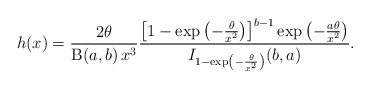
\begin{align*}h(x)= \frac{2\theta}{\operatorname{B}(a,b)\,x^3} \frac{\left[1-\exp\left(-\frac{\theta}{x^2}\right)\right]^{b-1}\exp\left(-\frac{a\theta}{x^2}\right)}{I_{1-\exp\left(-\frac{\theta}{x^2}\right)}(b,a)}.\end{align*}